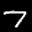
Label: 7